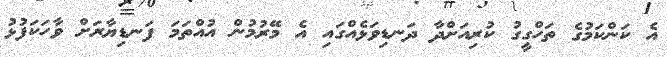
އެ ކަންކަމުގެ ތަހްގީގު ކުރިއަށްދާ ދަނޑިވަޅެއްގައި އެ މޭރުމުން އުއްތަމަ ފަނޑިޔާރަށް ވާހަކަފުޅު